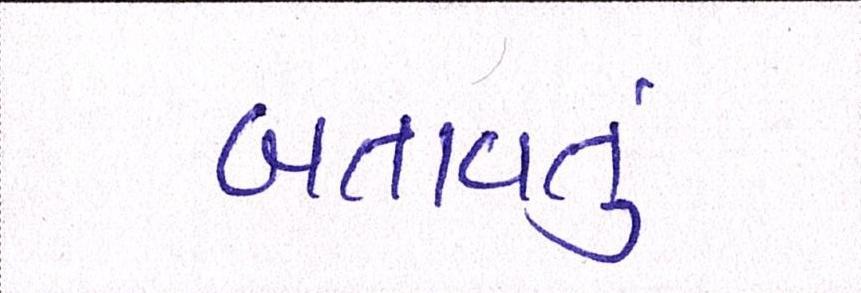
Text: બતાવતું